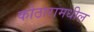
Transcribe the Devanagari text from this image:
कोठारामधील